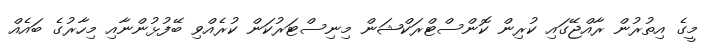
މީގެ އިތުރުން ރާއްޖޭގައި ކުރިން ކޮންސްޓްރަކްޝަން މިނިސްޓަރުކަން ކުރެއްވި ބޭފުޅުންނާއި މިހާރުގެ ބައެއް